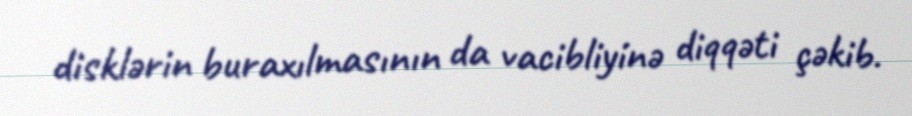
disklərin buraxılmasının da vacibliyinə diqqəti çəkib.